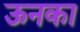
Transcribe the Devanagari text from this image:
ऊनका